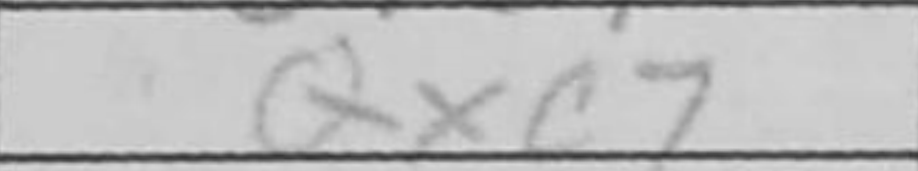
Transcription: Qxc7